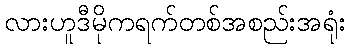
လားဟူဒီမိုကရက်တစ်အစည်းအရုံး